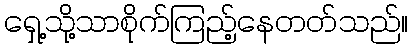
ရှေ့သို့သာစိုက်ကြည့်နေတတ်သည်။